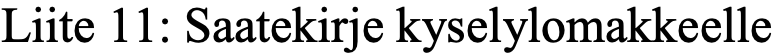
Liite 11: Saatekirje kyselylomakkeelle